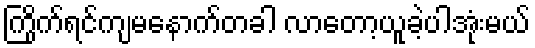
ကြိုက်ရင်ကျမနောက်တခါ လာတော့ယူခဲ့ပါအုံးမယ်